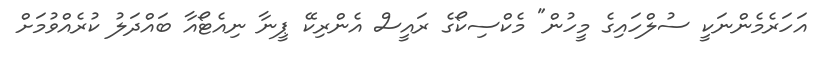
އަހަރެމެންނަކީ ސުލްހައިގެ މީހުން" މެކްސިކޯގެ ރައީސް އެންރިކޭ ޕީނާ ނިއެޓޯއާ ބައްދަލު ކުރެއްވުމަށް